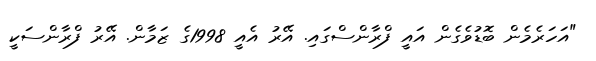
"އަހަރެމެން ބޮޑުވެގެން އައީ ފްރާންސްގައި. އޭރު އެއީ 1998ގެ ޒަމާން. އޭރު ފްރާންސަކީ